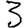
Digit: 3